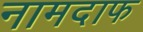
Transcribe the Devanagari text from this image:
नामदाफ